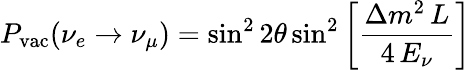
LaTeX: P_{\mathrm{vac}}(\nu_{e}\to\nu_{\mu})=\sin^{2}2\theta\sin^{2}\left[{\frac{\Delta m^{2}\, L}{4\, E_{\nu}}}\right]